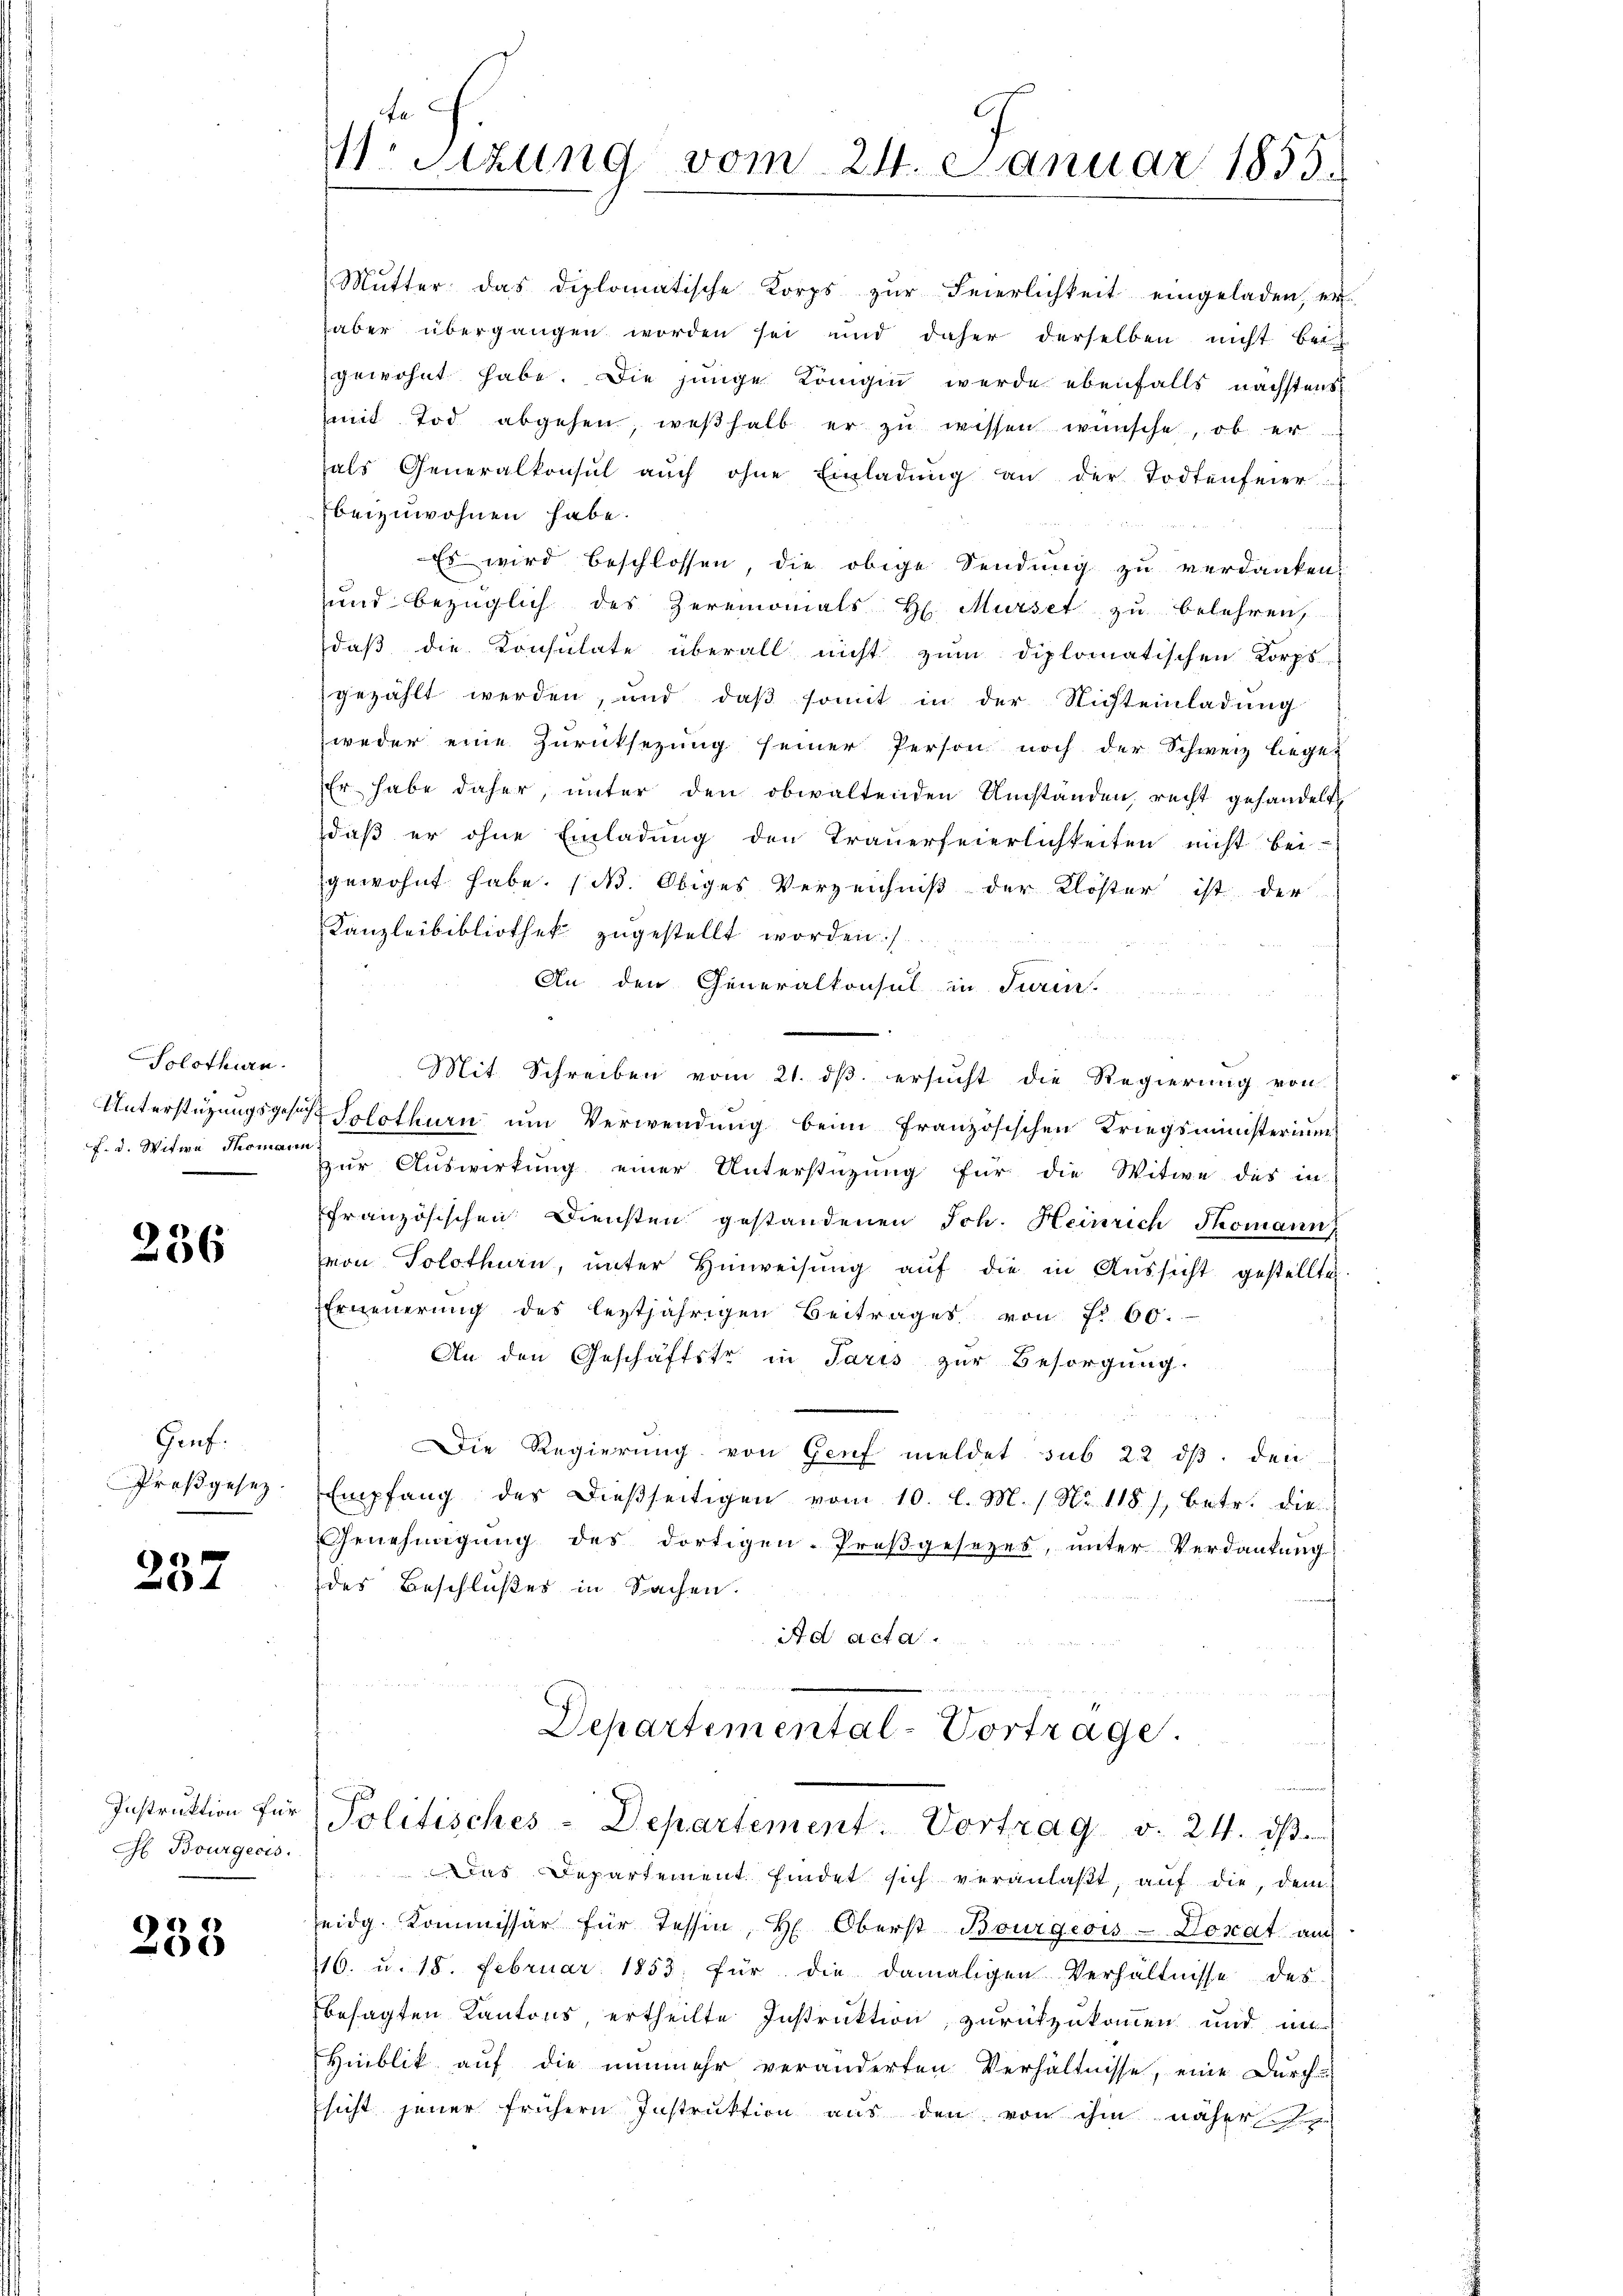
Solothurn.
f. d. Witwe Thomann

236

Genf.
Preßgesez

237

Instruktion für
H Bourgecis.

233

Fa
.sizung vom 24. Januar 1855.

Mŭtter das diplomatische Korps zŭr Feierlichkeit eingeladen, er
aber übergangen worden sei und daher derselben nicht bei
gewohnt habe. Die junge Königin werde ebenfalls nächstens
mit Tod abgehen, weßhalb er zu wissen wünsche, ob er
als Generalkonsul auch ohne Einladŭng an der Todtenfeier
beizuwohnen habe.
und
Es wird beschlossen, die obige Sendung zu verdanken,
und bezüglich des Zeremnomals H. Mürset zu belehren,
daß die Konsulate überall nicht zum diplomatischen Korps-
gezählt werden, und daβ somit in der Nichteinladung
weder eine Zurücksezung seiner Person noch der Schweiz leget
Er habe daher, unter den obwaltenden Umständen, recht gehandelt,
daß er ohne Einladung den Trauerfeierlichkeiten nicht bei-
gewohnt habe. (N. Obiges Verzeichniß der Klöster ist der
Kanzleibibliothek zugestellt worden.
An den Generalkonsul in Turin
Mit Schreiben vom 21. dβ ersucht die Regierung von
Unterstüzungsgesetzt Solothurn um Verwendung beim französischen Kriegsministerium
zur Auswirkung einer Unterstüzung für die Witwe des in
französischen Diensten gestandenen Joh. Heinrich Skomann
von Solothurn, ŭnter Hinweisŭng aŭf die in Aussicht gestellten
Erneuerung des leztjährigen Beitrages von Nr 60.
An den Geschäftstr in Paris zur Besorgung.
r
s
Die Regierung von Genf meldet sub 22 ds. den
Empfang des dießseitigen vom 10. l. M. 1. No 1181, betr. die
Genehmigŭng des dortigen-Proβgesetzes, unter Verdankung
des Beschlußes in Sachen.
Ad acta.

Departemental-Vortrage.
Politisches-Departement. Vortrag v. 24. dβ.

Das Departement findet sich veranlaßt, auf die, dem
eidg. Kommissär für Tessin, H. Oberst Bourgeois Donat auch
16. u. 18. Februar 1853, für die damaligen Verhältnisse des
besagten Kantons, ertheilte Instruktion, zurückzukommen und an
Hinblik auf die nunmehr veränderten Verhältnisse, eine Durch
sicht jener frühern Instruktion aus den von ihm näher